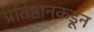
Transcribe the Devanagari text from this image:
प्रतिष्ठानकडून